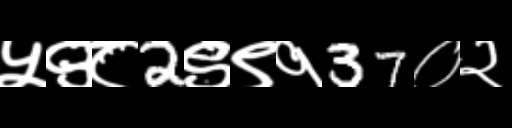
Text: ५९८2९९१37०२